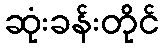
ဆုံးခန်းတိုင်